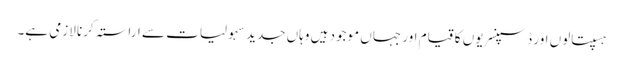
ہسپتالوں اور ڈسپنسریوں کا قیام اور جہاں موجود ہیں وہاں جدید سہولیات سے اراستہ کرنا لازمی ہے۔